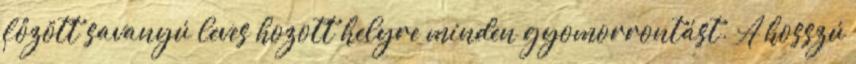
fôzött savanyú leves hozott helyre minden gyomorrontást. A hosszú